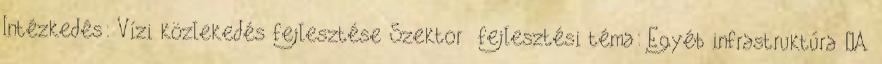
Intézkedés: Vízi közlekedés fejlesztése Szektor fejlesztési téma: Egyéb infrastruktúra ▪A